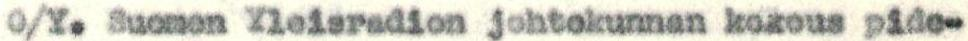
O/Y. Suomen Yleisradion johtokunnan kokous pide-